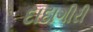
દાદાગીરી